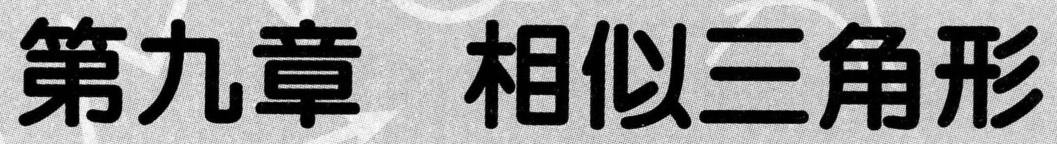
第九章 相似三角形